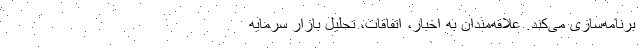
برنامه‌سازی می‌کند. علاقه‌مندان به اخبار، اتفاقات، تحلیل بازار سرمایه